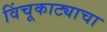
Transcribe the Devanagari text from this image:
विंचूकाट्याचा